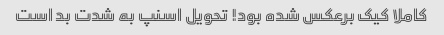
کاملا کیک برعکس شده بود! تحویل اسنپ به شدت بد است